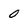
Character: 0